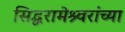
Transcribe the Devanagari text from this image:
सिद्धरामेश्र्वरांच्या